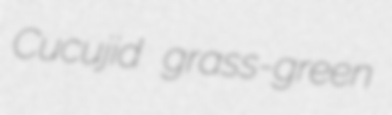
Cucujid grass-green